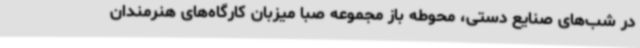
در شب‌های صنایع دستی، محوطه باز مجموعه صبا میزبان کارگاه‌های هنرمندان